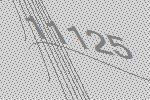
11125